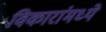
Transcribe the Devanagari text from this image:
विकारांमध्ये